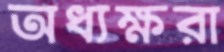
অধ্যক্ষরা